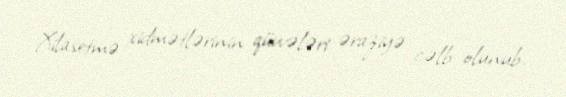
Xilasetmə xidmətlərinin qüvvələri əraziyə cəlb olunub.